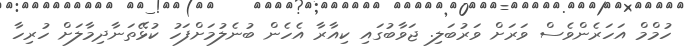
ހުމްމް އަހަރެންވެސް ވަރަށް ވަރުބަލި. ޖަވާބުގައި ކިއާރާ އެހެން ބުނެލުމަށްފަހު ކުޅޭތަނާދިމާލަށް ހުރިހާ